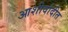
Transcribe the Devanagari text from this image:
आशीर्वादीत